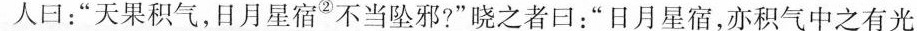
人日:“天果积气，日月星宿^{②}?不当坠邪?”晓之者日“日月星宿,亦积气中之有光